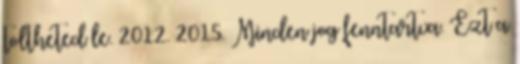
töltheted le. 2012. 2015. Minden jog fenntartva. Ezt a